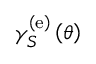
\gamma _ { S } ^ { \left( \mathrm { e } \right) } \left( \theta \right)